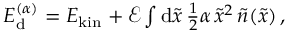
\begin{array} { r } { E _ { \mathrm d } ^ { ( \alpha ) } = E _ { \mathrm { k i n } } + \mathcal { E } \int \mathrm { d } \tilde { x } \, \frac 1 2 \alpha \, \tilde { x } ^ { 2 } \, \tilde { n } ( \tilde { x } ) \, , } \end{array}